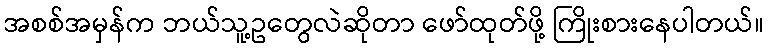
အစစ်အမှန်က ဘယ်သူ့ဥတွေလဲဆိုတာ ဖော်ထုတ်ဖို့ ကြိုးစားနေပါတယ်။